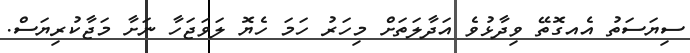
ސިޔަސަތު އެއގޮތޭ ވިދާޅުވެ އަދާލަތަށް މިހަރު ހަމަ ހެޔޮ ލަވަޖަހާ ނަށާ މަޖާކުރިޔަސް.